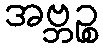
အဗ္ဘဉ္စ